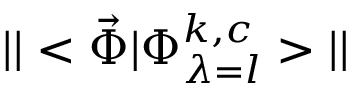
| | < \vec { \boldsymbol { \Phi } } \vert \Phi _ { \lambda = l } ^ { k , c } > | |